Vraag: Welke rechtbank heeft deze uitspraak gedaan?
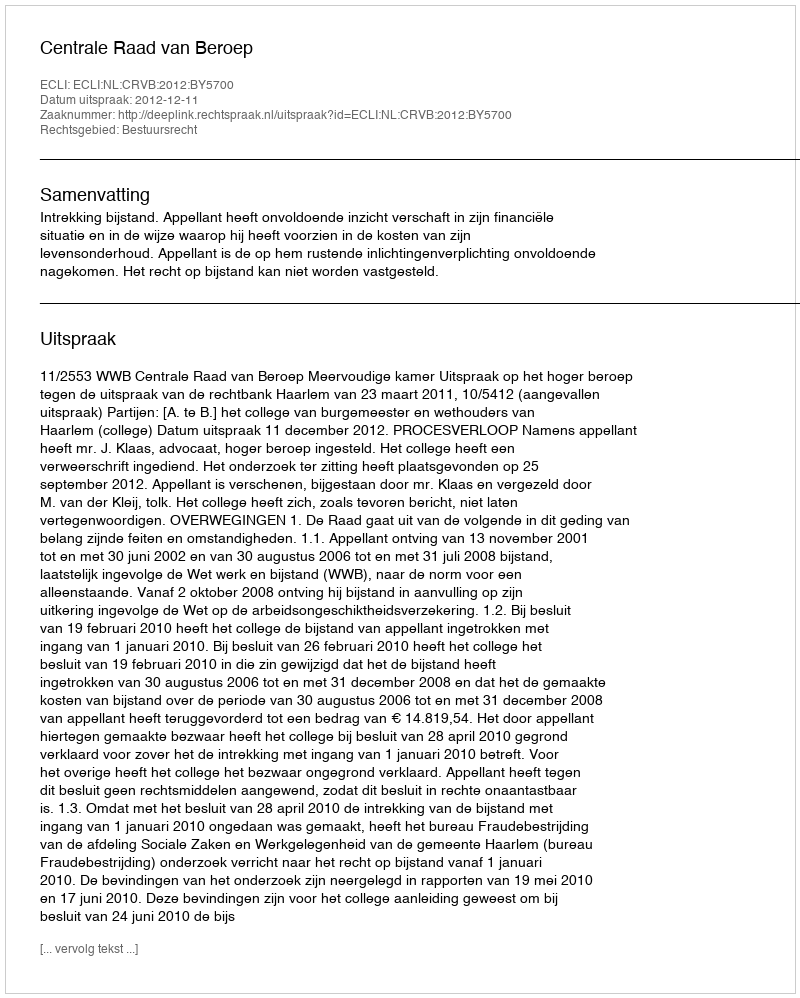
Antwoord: Centrale Raad van Beroep